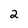
Character: 2